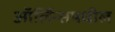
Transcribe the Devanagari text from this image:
ऑर्लिन्समधील